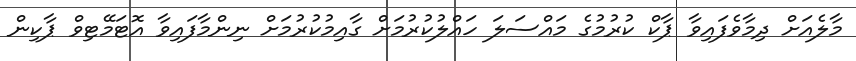
މާލެއަށް ދިމާވެފައިވާ ޕާކް ކުރުމުގެ މައްސަލަ ހައްލުކުރުމަށް ގާއިމުކުރުމަށް ނިންމާފައިވާ އޮޓަމޭޓިވް ޕާކިން